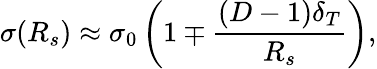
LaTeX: \sigma(R_{s})\approx\sigma_{0}\left(1\mp\frac{(D-1)\delta_{T}}{R_{s}}\right),